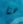
هنا